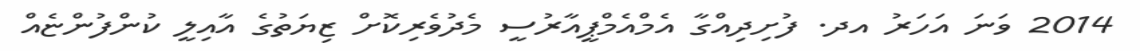
2014 ވަނަ އަހަރު އދ. ފުށިދިއްގާ އެމްއެމްޕީއާރުސީ މެދުވެރިކޮށް ޒިޔަތުގެ އާއިލީ ކުންފުންޏެއް